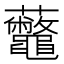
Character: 虌